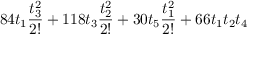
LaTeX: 8 4 t _ { 1 } \frac { t _ { 3 } ^ { 2 } } { 2 ! } + 1 1 8 t _ { 3 } \frac { t _ { 2 } ^ { 2 } } { 2 ! } + 3 0 t _ { 5 } \frac { t _ { 1 } ^ { 2 } } { 2 ! } + 6 6 t _ { 1 } t _ { 2 } t _ { 4 }